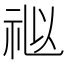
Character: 𥙩